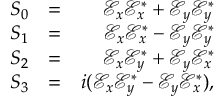
\begin{array} { r l r } { S _ { 0 } } & { = } & { \mathcal { E } _ { x } \mathcal { E } _ { x } ^ { * } + \mathcal { E } _ { y } \mathcal { E } _ { y } ^ { * } } \\ { S _ { 1 } } & { = } & { \mathcal { E } _ { x } \mathcal { E } _ { x } ^ { * } - \mathcal { E } _ { y } \mathcal { E } _ { y } ^ { * } } \\ { S _ { 2 } } & { = } & { \mathcal { E } _ { x } \mathcal { E } _ { y } ^ { * } + \mathcal { E } _ { y } \mathcal { E } _ { x } ^ { * } } \\ { S _ { 3 } } & { = } & { i ( \mathcal { E } _ { x } \mathcal { E } _ { y } ^ { * } - \mathcal { E } _ { y } \mathcal { E } _ { x } ^ { * } ) , } \end{array}